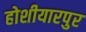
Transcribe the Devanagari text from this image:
होशीयारपुर